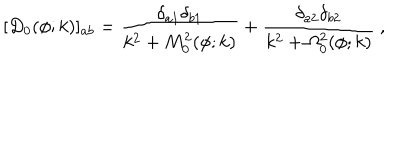
[ D _ { 0 } ( \phi ; k ) ] _ { a b } = { \frac { \delta _ { a 1 } \delta _ { b 1 } } { k ^ { 2 } + M _ { 0 } ^ { 2 } ( \phi ; k ) } } + { \frac { \delta _ { a 2 } \delta _ { b 2 } } { k ^ { 2 } + \Omega _ { 0 } ^ { 2 } ( \phi ; k ) } } ~ ,